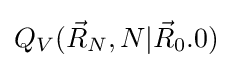
\textstyle Q_{V}({\vec {R}}_{N},N|{\vec {R}}_{0}.0)